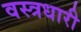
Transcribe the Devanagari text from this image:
वस्‍त्रधारी